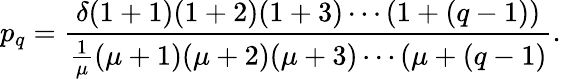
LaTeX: p_{q}=\frac{\delta(1+1)(1+2)(1+3)\cdots(1+(q-1))}{\frac{1}{\mu}(\mu+1)(\mu+2)(\mu+3)\cdots(\mu+(q-1)}.